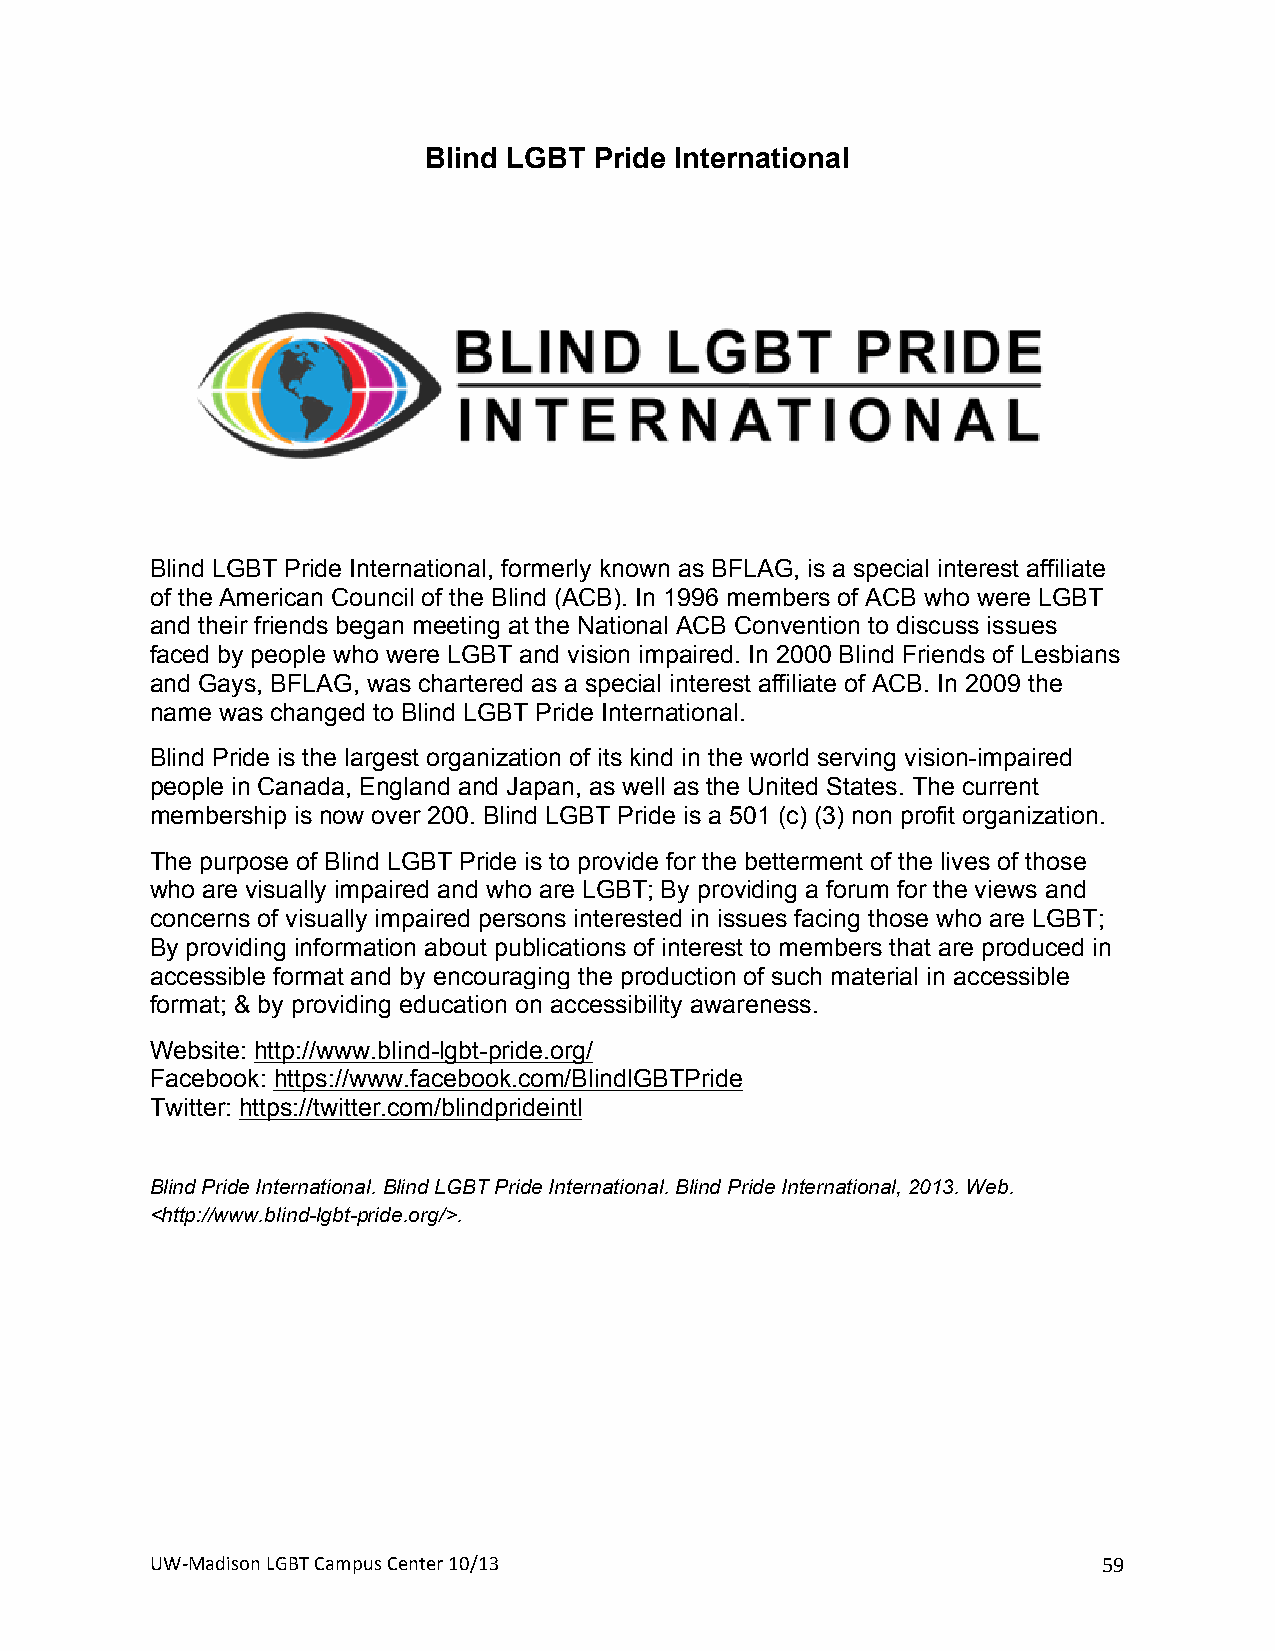
Blind LGBT Pride International
 Blind LGBT Pride International, formerly known as BFLAG, is a special interest affiliate
 of the American Council of the Blind (ACB). In 1996 members of ACB who were LGBT
 and their friends began meeting at the National ACB Convention to discuss issues
 faced by people who were LGBT and vision impaired. In 2000 Blind Friends of Lesbians
 and Gays, BFLAG, was chartered as a special interest affiliate of ACB. In 2009 the
 name was changed to Blind LGBT Pride International.
 Blind Pride is the largest organization of its kind in the world serving vision-impaired
 people in Canada, England and Japan, as well as the United States. The current
 membership is now over 200. Blind LGBT Pride is a 501 (c) (3) non profit organization.
 The purpose of Blind LGBT Pride is to provide for the betterment of the lives of those
 who are visually impaired and who are LGBT; By providing a forum for the views and
 concerns of visually impaired persons interested in issues facing those who are LGBT;
 By providing information about publications of interest to members that are produced in
 accessible format and by encouraging the production of such material in accessible
 format; & by providing education on accessibility awareness.
 Website: http://www.blind-lgbt-pride.org/
 Facebook: https://www.facebook.com/BlindlGBTPride
 Twitter: https://twitter.com/blindprideintl
 +
 Blind Pride International. Blind LGBT Pride International. Blind Pride International, 2013. Web.
 <http://www.blind-lgbt-pride.org/>.
 UW#Madison+LGBT+Campus+Center+10/13+                           59+